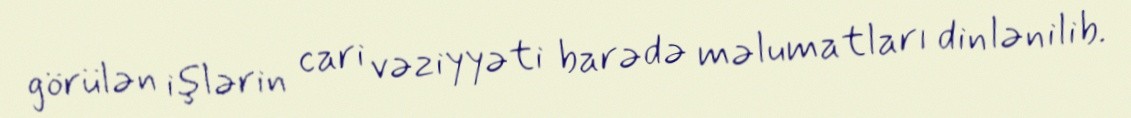
görülən işlərin cari vəziyyəti barədə məlumatları dinlənilib.